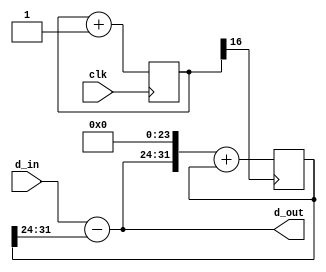
// https://www-users.cs.york.ac.uk/~fisher/mkfilter/
// http://www.micromodeler.com/dsp/
//https://dspguru.com/dsp/tricks/fixed-point-dc-blocking-filter-with-noise-shaping/


module HP_shift
			(input wire               clk,
			input wire signed [7:0]  d_in,
			output wire signed [7:0]  d_out
			);
reg signed [31:0]  DCLevel;	
wire signed [31:0] Acc;
wire clk_divided;
reg  [31:0] clk_counter;

 //Filter clock is 33203.125 Hz when master clock is 136 MHz and decimation is 4096

always @(posedge clk)
	begin
		clk_counter <= clk_counter + 1'b1; 		
	end
assign clk_divided = clk_counter[16];	
assign d_out = d_in - DCLevel[31:24];
assign Acc = (d_out<<<24) + DCLevel;
	always @(posedge clk_divided)
	begin
		DCLevel <= Acc; 		
	end

endmodule